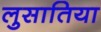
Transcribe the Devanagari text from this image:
लुसातिया